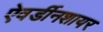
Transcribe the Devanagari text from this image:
ऐवर्डीनशायर